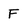
Character: F